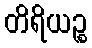
တိရိယဉ္စ